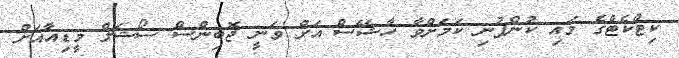
ކިޓްކެޓްގެ މައި ކުންފުނި ކަމަށްވާ ހާޝޭސް އަށް ވަނީ ޖޮބިންސް ސޯޝަލް މީޑިއާއަށް